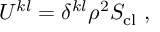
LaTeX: U ^ { k l } = \delta ^ { k l } \rho ^ { 2 } S _ { \mathrm { c l } } \ ,